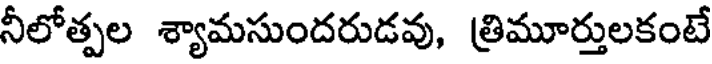
నీలోత్పల శ్యామసుందరుడవు, త్రిమూర్తులకంటే